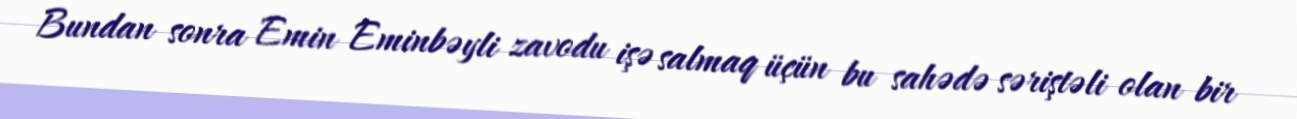
Bundan sonra Emin Eminbəyli zavodu işə salmaq üçün bu sahədə səriştəli olan bir